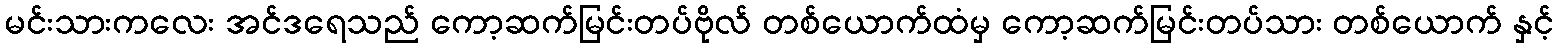
မင်းသားကလေး အင်ဒရေသည် ကော့ဆက်မြင်းတပ်ဗိုလ် တစ်ယောက်ထံမှ ကော့ဆက်မြင်းတပ်သား တစ်ယောက် နှင့်